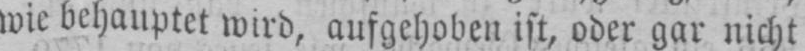
wie behauptet wird, aufgehoben ist, oder gar nicht